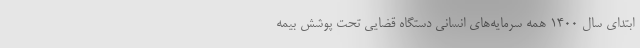
ابتدای سال ۱۴۰۰ همه سرمایه‌های انسانی دستگاه قضایی تحت پوشش بیمه